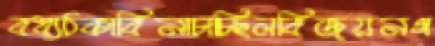
বধ্যঠকাবিনাচাচ্ছিলবিজয়নগ